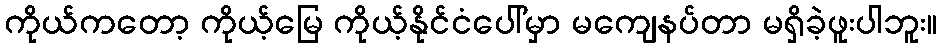
ကိုယ်ကတော့ ကိုယ့်မြေ ကိုယ့်နိုင်ငံပေါ်မှာ မကျေနပ်တာ မရှိခဲ့ဖူးပါဘူး။